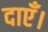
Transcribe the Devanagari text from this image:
दाएँ।